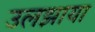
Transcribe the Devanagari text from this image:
उलझाया